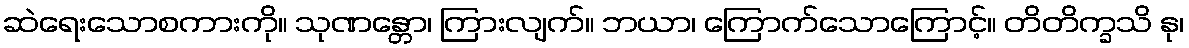
ဆဲရေးသောစကားကို။ သုဏန္တော၊ ကြားလျက်။ ဘယာ၊ ကြောက်သောကြောင့်။ တိတိက္ခသိ နု၊